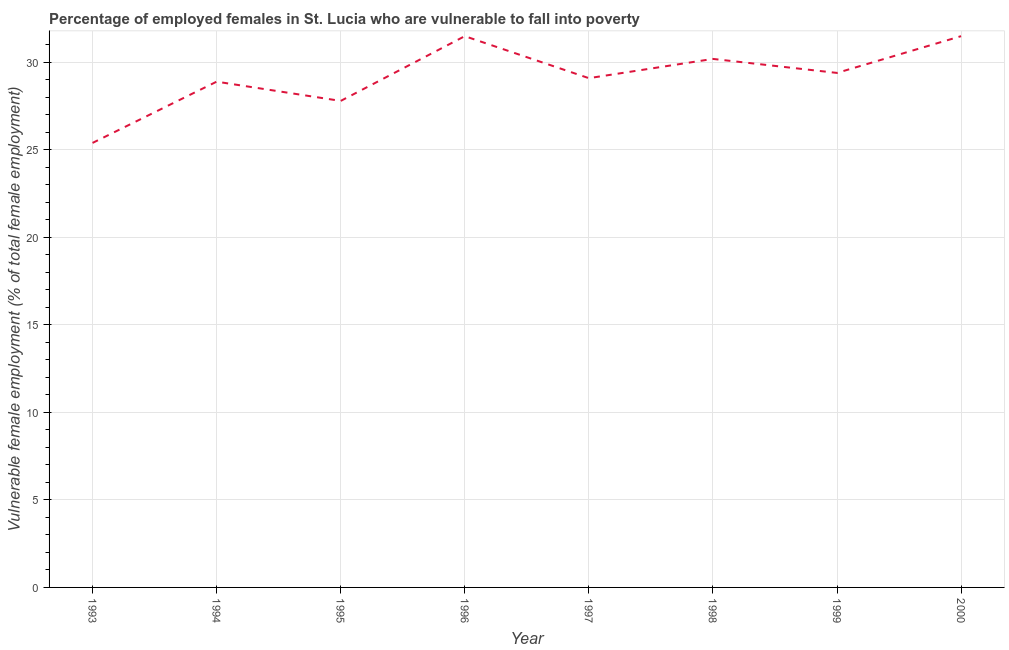
| Year | Percentage of employed females who are vulnerable to fall into poverty |
 | --- | --- |
 | 1993 | 25.4 |
 | 1994 | 28.9 |
 | 1995 | 27.8 |
 | 1996 | 31.5 |
 | 1997 | 29.1 |
 | 1998 | 30.2 |
 | 1999 | 29.4 |
 | 2000 | 31.5 |